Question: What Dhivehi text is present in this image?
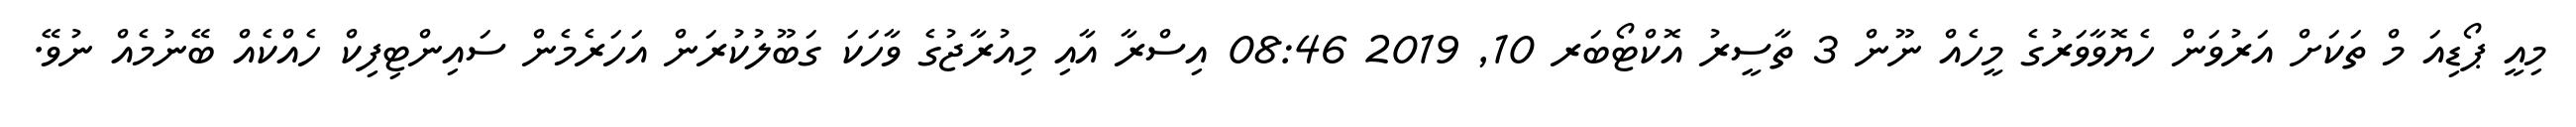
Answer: މިއީ ޕޯޑިއަ މް ތަކަށް އަރުވަން ހެޔޮވާވަރުގެ މީހެއް ނޫން 3 ތާސީރު އޮކްޓޯބަރ 10, 2019 08:46 އިސްރާ އާއި މިއުރާޖުގެ ވާހަކަ ގަބޫލުކުރަން އަހަރެމެން ސައިންޓިފިކް ހެއްކެއް ބޭނުމެއް ނުވޭ.